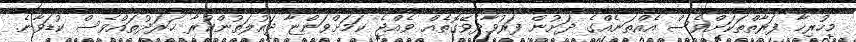
މިހުރިހާ ފަރާތްތަކަށްވެސް އެއްތަނެއްގެ ދަށުން ފަރުވާދެވޭގޮތެއް ވެއްޖެ ކަމަށްވަންޏާ ދައުލަތުންކުރާ ޚަރަދުތައްވެސް ކުޑަވާނެ.